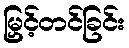
မြှင့်တင်ခြင်း